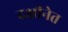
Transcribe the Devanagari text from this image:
दक्षीनेत